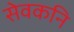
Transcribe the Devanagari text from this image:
सेवकनि